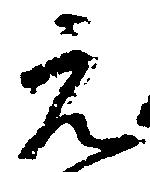
元